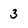
Character: 3